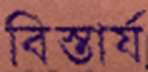
বিস্তার্য